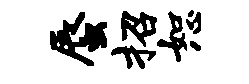
蜃招恕